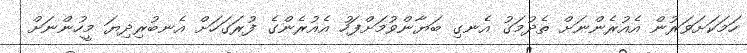
ހަމަކަށަވަރުން އެއުރެންނަށް ތެދުމަގު އެނގި ބަޔާންވުމަށްފަހު އެއުރެންގެ ފުރަގަހަށް އެނބުރިދިޔަ މީހުންނަށް